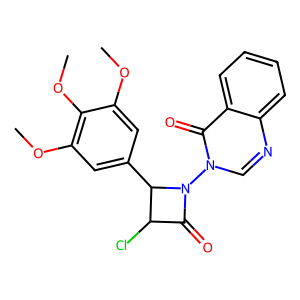
SMILES: COc1cc(C2C(Cl)C(=O)N2n2cnc3ccccc3c2=O)cc(OC)c1OC
Inhibits HIV replication: No